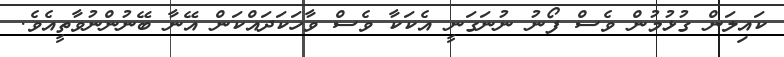
ކައިލަން ގުޅުމުން ވެސް ފޯނު ނުނަގަނީ އެކަކާ ވެސް ވާހަކަދައްކަން އޭނާ ބޭނުންނުވާތީއެވެ.